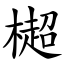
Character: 㯧